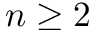
n \geq 2